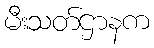
မီးသတ်ဌာနက